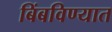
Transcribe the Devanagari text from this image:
बिंबविण्यात